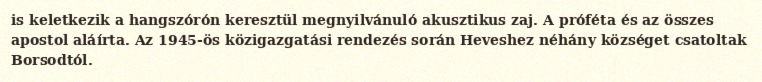
is keletkezik a hangszórón keresztül megnyilvánuló akusztikus zaj. A próféta és az összes apostol aláírta. Az 1945-ös közigazgatási rendezés során Heveshez néhány községet csatoltak Borsodtól.